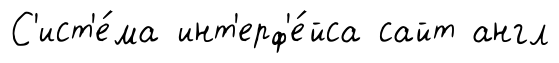
С'ист'е́ма инт'ерф'е́йса сайт англ